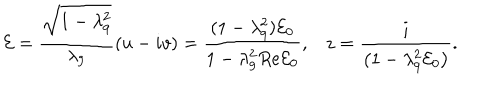
{ \cal E } = \frac { \sqrt { 1 - \lambda _ { 9 } ^ { 2 } } } { \lambda _ { 9 } } \left( u - i v \right) = \frac { ( 1 - \lambda _ { 9 } ^ { 2 } ) { \cal E } _ { 0 } } { 1 - \lambda _ { 9 } ^ { 2 } R e { \cal E } _ { 0 } } , z = \frac { i } { \left( 1 - \lambda _ { 9 } ^ { 2 } { \cal E } _ { 0 } \right) } .